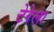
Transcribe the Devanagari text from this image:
टेरेला